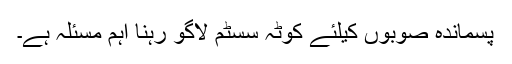
پسماندہ صوبوں کیلئے کوٹہ سسٹم لاگو رہنا اہم مسئلہ ہے۔